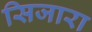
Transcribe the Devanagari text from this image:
सिजारा